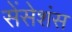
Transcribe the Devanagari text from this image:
सेंसेशंस